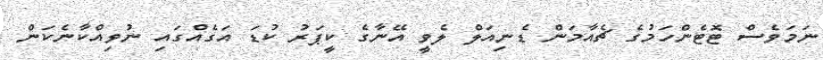
ނަމަވެސް ޓޮޓެންހަމުގެ ޗެއާމަން ޑެނިއަލް ލެވީ އޭނާގެ ކީޕަރު ކުޑަ އަގެއްގައި ނުވިއްކާނެކަން